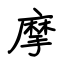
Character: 摩